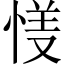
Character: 𱞦